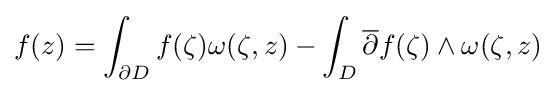
\displaystyle f(z)=\int _{\partial D}f(\zeta )\omega (\zeta ,z)-\int _{D}{\overline {\partial }}f(\zeta )\land \omega (\zeta ,z)